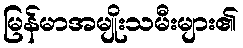
မြန်မာအမျိုးသမီးများ၏